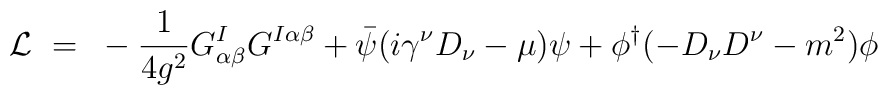
{\cal L} ~=~ -{1\over 4g^2} G^I_{\alpha \beta}G^{I\alpha\beta} + \bar \psi (i\gamma^\nu D_\nu - \mu ) \psi+\phi^\dagger(-D_\nu D^\nu - m^2 ) \phi